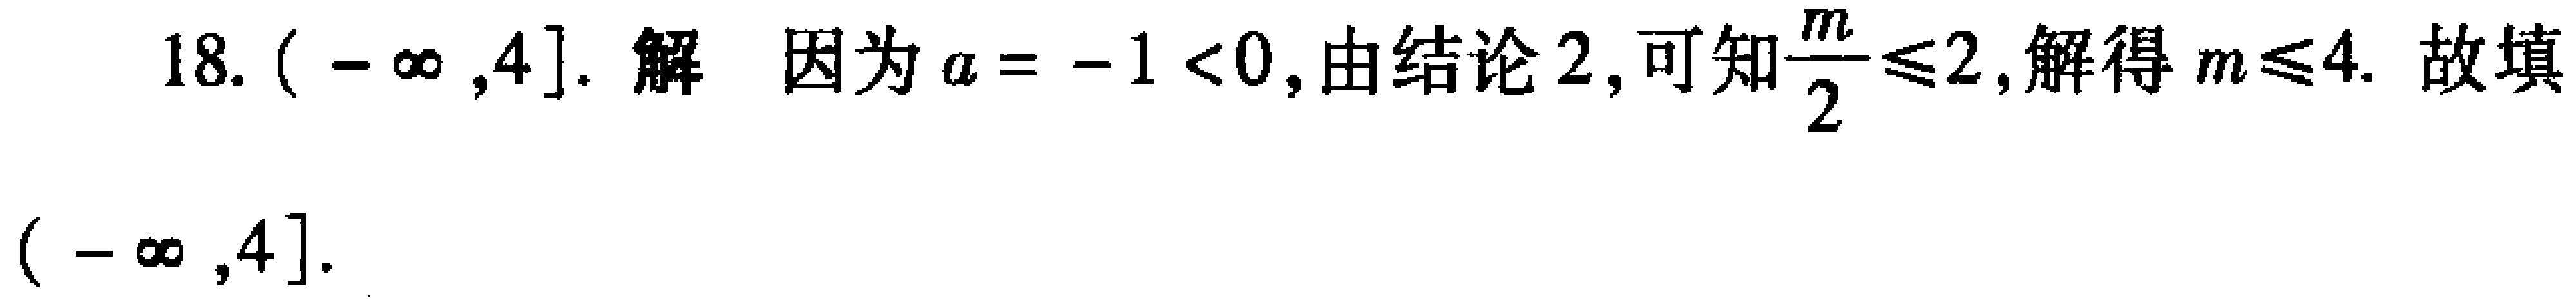
18. \((-\infty,4]\). 解 因为 \(a = -1 < 0\), 由结论2, 可知\(\frac{m}{2}\leq2\), 解得 \(m\leq4\). 故填\((-\infty,4]\).